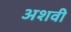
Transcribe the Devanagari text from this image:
अशवी